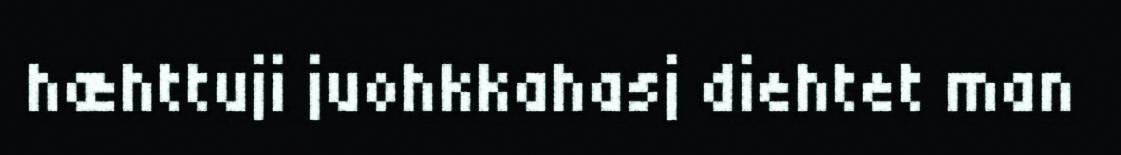
hæhttuji juohkkahasj diehtet man